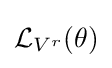
{\mathcal {L}}_{V^{r}}(\theta )